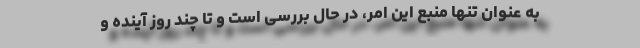
به عنوان تنها منبع این امر، در حال بررسی است و تا چند روز آینده و